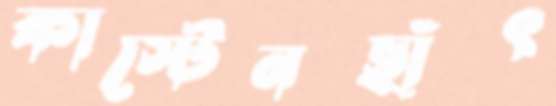
কার্স্টেনছাঁৎ